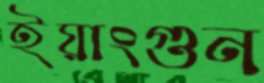
ইয়াংগুন